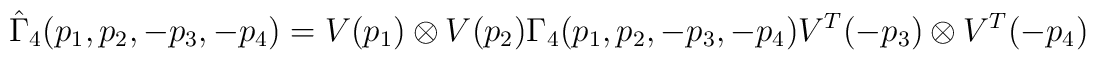
\hat{\Gamma}_4(p_1, p_2, -p_3, -p_4)=V(p_1)\otimes V(p_2) {\Gamma}_4(p_1, p_2, -p_3, -p_4) V^T(-p_3)\otimes V^T(-p_4)